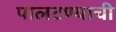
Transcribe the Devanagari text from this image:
पालटण्याची